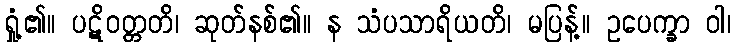
ရှုံ့၏။ ပဋိဝတ္တတိ၊ ဆုတ်နစ်၏။ န သံပသာရိယတိ၊ မပြန့်။ ဥပေက္ခာ ဝါ၊